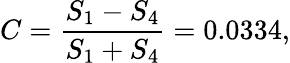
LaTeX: C=\frac{S_{1}-S_{4}}{S_{1}+S_{4}}=0.0334,